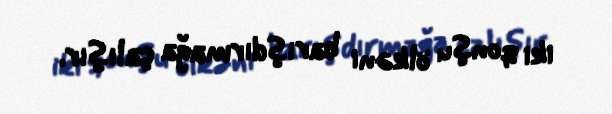
iki qonşu ölkəni barışdırmağa çalışır.